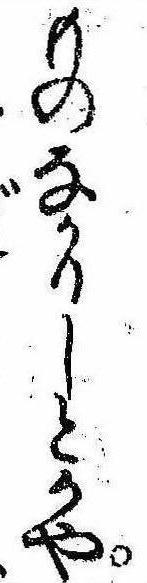
ものなかりしとかや